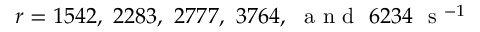
r = 1 5 4 2 , ~ 2 2 8 3 , ~ 2 7 7 7 , ~ 3 7 6 4 , ~ \mathrm { ~ a ~ n ~ d ~ } ~ 6 2 3 4 ~ \mathrm { ~ s ~ } ^ { - 1 }